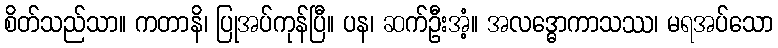
စိတ်သည်သာ။ ကတာနိ၊ ပြုအပ်ကုန်ပြီ။ ပန၊ ဆက်ဦးအံ့။ အလဒ္ဓောကာသဿ၊ မရအပ်သော